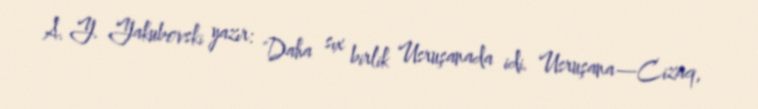
A. Y. Yakubovski yazır: "Daha sıx birlik Usruşanada idi. Usruşana—Cizaq,